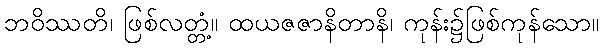
ဘဝိဿတိ၊ ဖြစ်လတ္တံ့။ ထယဇဇာနိတာနိ၊ ကုန်း၌ဖြစ်ကုန်သော။